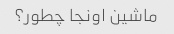
ماشین اونجا چطور؟